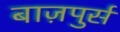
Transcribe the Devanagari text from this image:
बाज़पुर्स